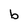
Character: b